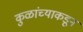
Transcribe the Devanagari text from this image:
कुळांच्याकडून